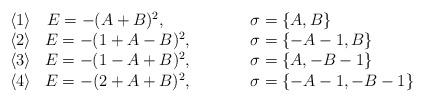
LaTeX: \begin{align*}\begin{array}{ccll} \langle1\rangle & E = -(A+B)^2,~~~~ &\qquad& \sigma=\{A,B\} \\ \langle2\rangle & E = -(1+A-B)^2, &\qquad& \sigma=\{-A-1,B\} \\ \langle3\rangle & E = -(1-A+B)^2, &\qquad& \sigma=\{A,-B-1\} \\ \langle4\rangle &E = -(2+A+B)^2, &\qquad& \sigma=\{-A-1,-B-1\}\end{array}\end{align*}